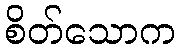
စိတ်သောက